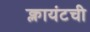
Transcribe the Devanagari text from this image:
क्लायंटची